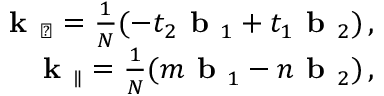
\begin{array} { r } { \textbf { k } _ { \perp } = \frac { 1 } { { \cal N } } ( - t _ { 2 } \textbf { b } _ { 1 } + t _ { 1 } \textbf { b } _ { 2 } ) \, , } \\ { \textbf { k } _ { \parallel } = \frac { 1 } { { \cal N } } ( m \textbf { b } _ { 1 } - n \textbf { b } _ { 2 } ) \, , } \end{array}